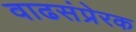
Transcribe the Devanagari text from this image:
वाढसंप्रेरक